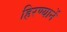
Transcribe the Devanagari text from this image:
हिरण्यानें